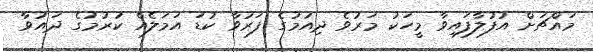
މައްޗަށް އުފުލާފައިވާ މީހަކު މަރުވެ ދިއުމުގެ ފަރުވާ ކުޑަ އަމަލެއް ކުރުމުގެ ދައުވާ